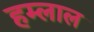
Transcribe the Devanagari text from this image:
हम्लाल